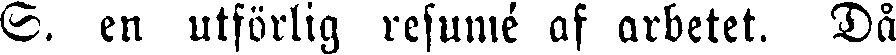
S. en utförlig resumé af arbetet. Då